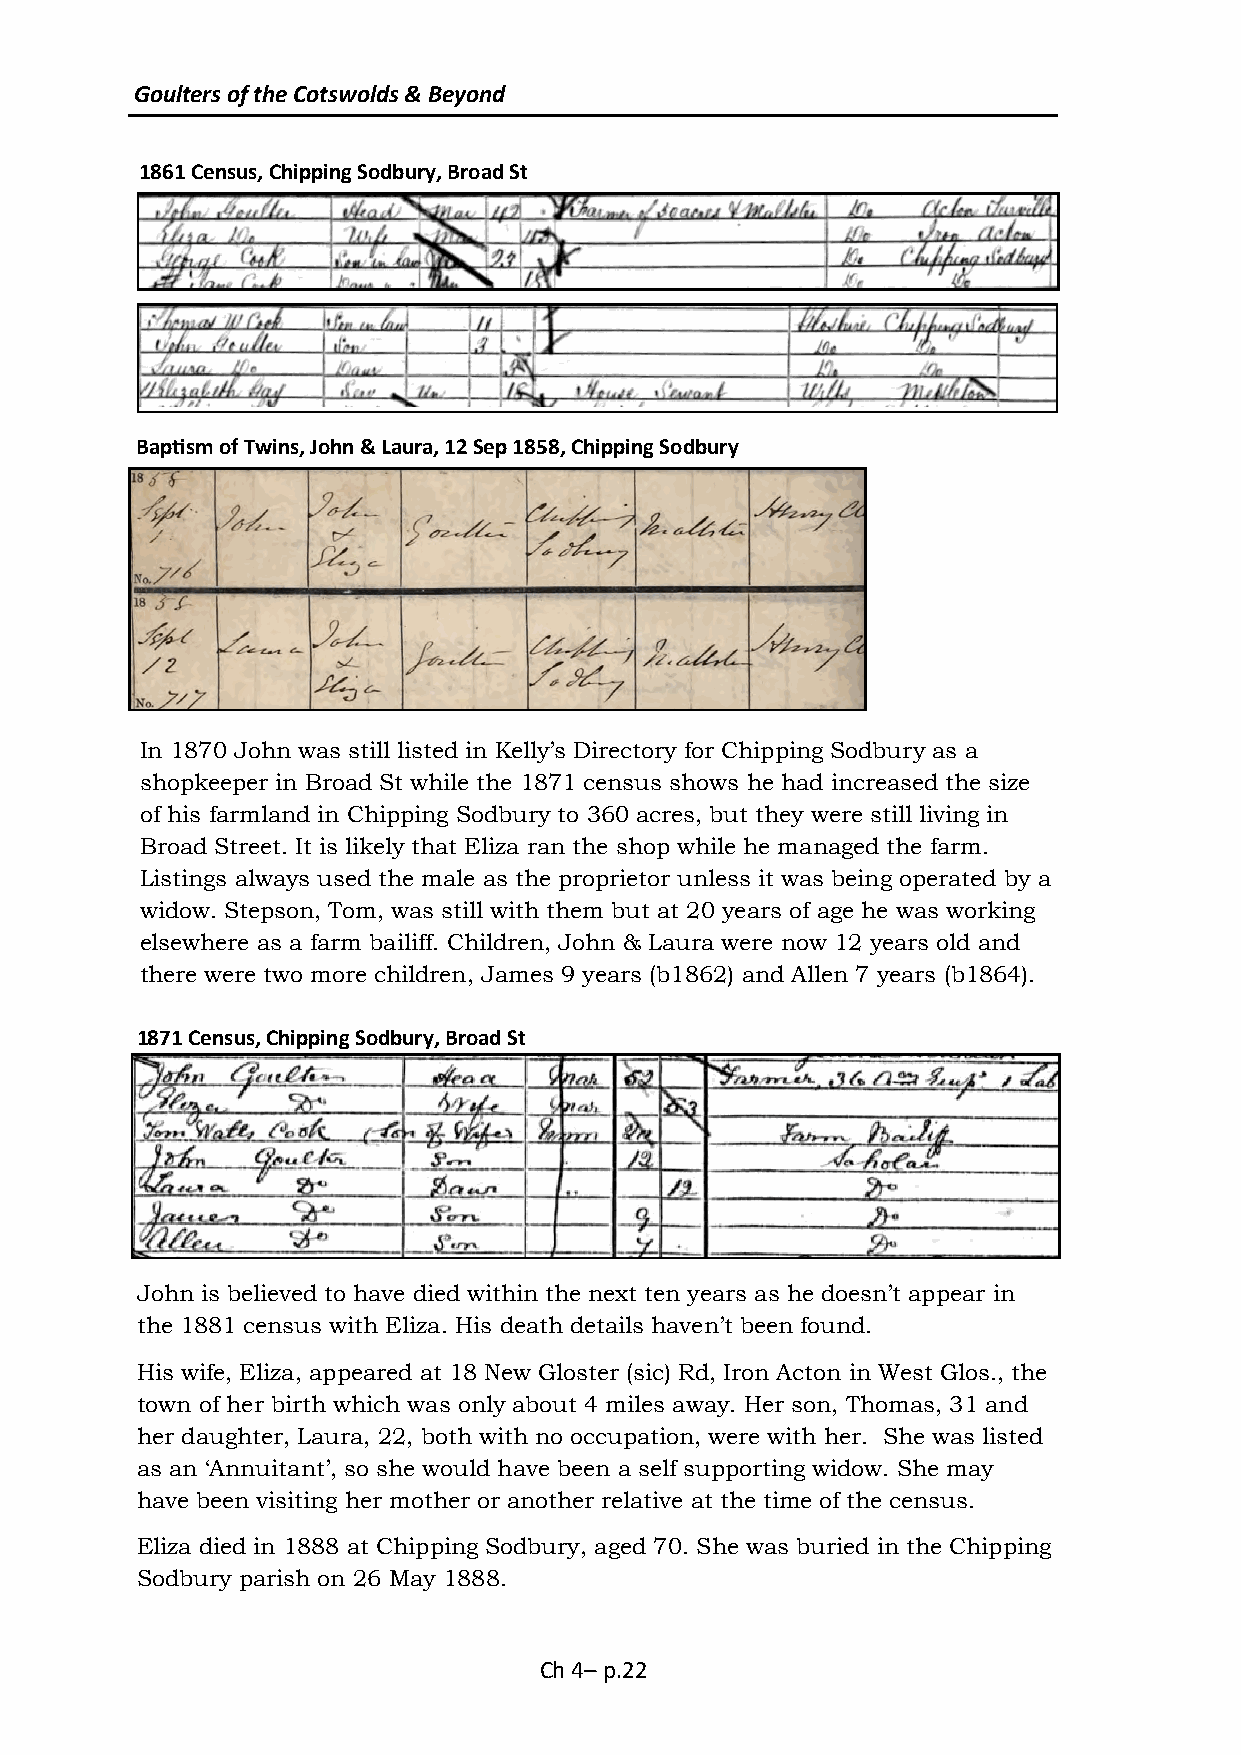
Goulters of the Cotswolds & Beyond
 1861 Census, Chipping Sodbury, Broad St
 Baptism of Twins, John & Laura, 12 Sep 1858, Chipping Sodbury
 In 1870 John was still listed in Kelly’s Directory for Chipping Sodbury as a
 shopkeeper in Broad St while the 1871 census shows he had increased the size
 of his farmland in Chipping Sodbury to 360 acres, but they were still living in
 Broad Street. It is likely that Eliza ran the shop while he managed the farm.
 Listings always used the male as the proprietor unless it was being operated by a
 widow. Stepson, Tom, was still with them but at 20 years of age he was working
 elsewhere as a farm bailiff. Children, John & Laura were now 12 years old and
 there were two more children, James 9 years (b1862) and Allen 7 years (b1864).
 1871 Census, Chipping Sodbury, Broad St
 John is believed to have died within the next ten years as he doesn’t appear in
 the 1881 census with Eliza. His death details haven’t been found.
 His wife, Eliza, appeared at 18 New Gloster (sic) Rd, Iron Acton in West Glos., the
 town of her birth which was only about 4 miles away. Her son, Thomas, 31 and
 her daughter, Laura, 22, both with no occupation, were with her. She was listed
 as an ‘Annuitant’, so she would have been a self supporting widow. She may
 have been visiting her mother or another relative at the time of the census.
 Eliza died in 1888 at Chipping Sodbury, aged 70. She was buried in the Chipping
 Sodbury parish on 26 May 1888.
 Ch 4– p.22